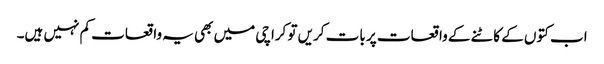
اب کتوں کے کاٹنے کے واقعات پر بات کریں تو کراچی میں بھی یہ واقعات کم نہیں ہیں۔